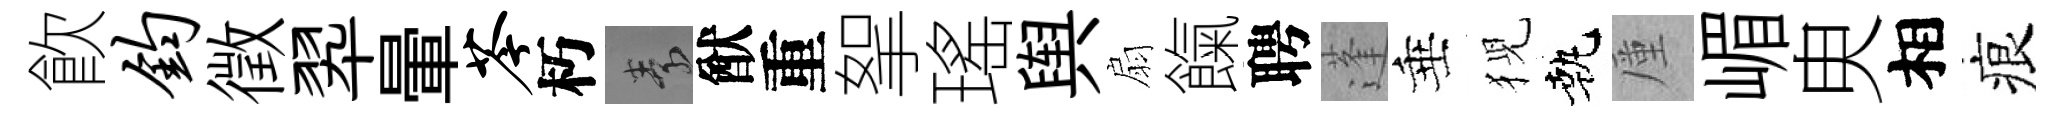
飮钧徵翆暈苓朽素猷重挐瑤舆扇餼聘蓬垂猊執厪嵋㬰相痕